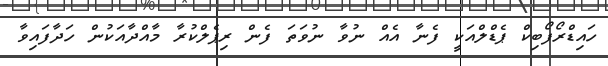
ހައިޑްރޯފޯބިކް ޕެޑްލްއަކީ ފެނާ އެއް ނުވާ ނުވަތަ ފެން ރިޕެލްކުރާ މާއްދާއަކުން ހަދާފައިވާ